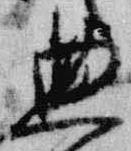
典